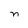
Character: n